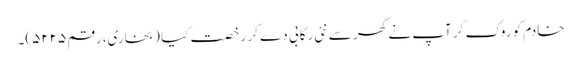
خادم کو روک کر آپ نے گھر سے نئی رکابی دے کر رخصت کیا (بخاری، رقم ۵۲۲۵)۔